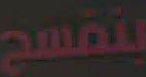
بنفسج